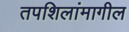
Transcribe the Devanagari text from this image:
तपशिलांमागील